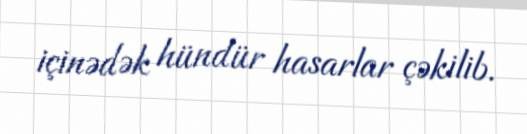
içinədək hündür hasarlar çəkilib.